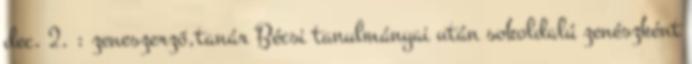
dec. 2. : zeneszerző,tanár Bécsi tanulmányai után sokoldalú zenészként